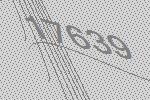
17639